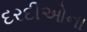
દરદીઓના